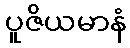
ပူဇိယမာနံ